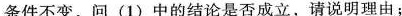
条件不变，问(1)中的结论是否成立，请说明理由；